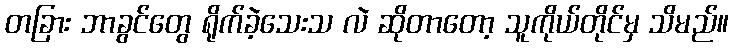
တခြား ဘာခွင်တွေ ရိုက်ခဲ့သေးသ လဲ ဆိုတာတော့ သူကိုယ်တိုင်မှ သိမည်။